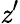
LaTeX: \mathit{z}^{\prime}